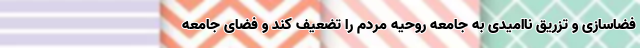
فضاسازی و تزریق ناامیدی به جامعه روحیه مردم را تضعیف کند و فضای جامعه